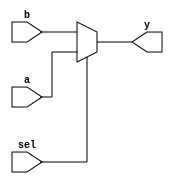
module multiplexer1 (
    a,b,sel,
    y
);

input       a, b, sel;
output      y;

assign y= sel ? a : b;
    
endmodule

module multiplexer2 (
    a,b,sel,
    y
);

input       a, b, sel;
output      y;

assign y= (a&sel) | (b&~sel);
    
endmodule

module multiplexer3 (
    a,b,sel,
    y
);

input       a, b, sel;
output reg  y;

always @(a, b, sel) begin
    if(sel) y=a;
    else y=b;
end
    
endmodule